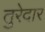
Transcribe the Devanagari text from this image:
तुरेदार